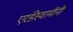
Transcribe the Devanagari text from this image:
एरंडेस्वामींनी